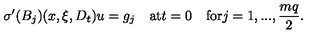
{ \sigma } ^ { \prime } ( B _ { j } ) ( x , \xi , D _ { t } ) u = g _ { j } \quad \mathrm { a t } t = 0 \quad \mathrm { f o r } j = 1 , . . . , \frac { m q } { 2 } .